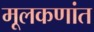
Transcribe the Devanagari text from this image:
मूलकणांत